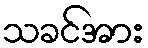
သခင်အား